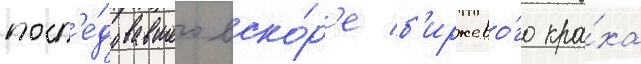
посл'е́довавшего вско́р'е б'иржево́го кра́ха